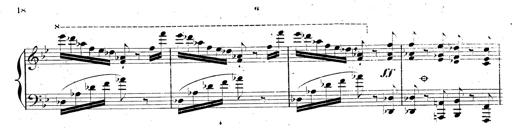
Title: AnnÃ©es de pÃ¨lerinage II, SupplÃ©ment
Composer: Franz Liszt